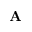
\mathbf { A }